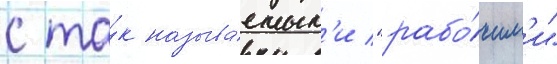
с та́к называ́емым'и "рабо́чим'и"